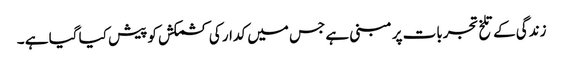
زندگی کے تلخ تجربات پر مبنی ہے جس میں کدار کی کشمکش کو پیش کیا گیا ہے ۔